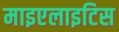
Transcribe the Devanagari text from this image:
माइएलाइटिस